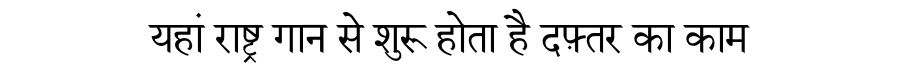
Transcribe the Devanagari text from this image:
यहां राष्ट्र गान से शुरू होता है दफ़्तर का काम